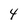
Character: 4